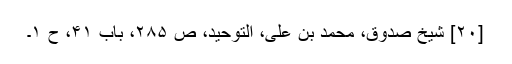
[۲۰] شیخ صدوق، محمد بن علی، التوحید، ص ۲۸۵، باب ۴۱، ح ۱۔